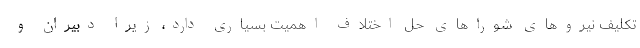
تکلیف نیروهای شوراهای حل اختلاف اهمیت بسیاری دارد، زیرا دبیران و